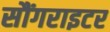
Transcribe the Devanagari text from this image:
सौंगराइटर